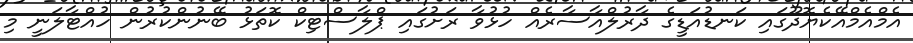
އެމްއެމްއޭކެޔޮދޫގައި ކަނޑުއަޑީގެ ދާރުލްއާސާރެއް ހުޅުވާ ރަށުގައި ޕްލާސްޓިކް ކޮތަޅު ބޭނުންކުރުން ހުއްޓާލަނީ މި